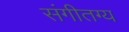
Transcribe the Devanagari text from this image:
संगीतग्य